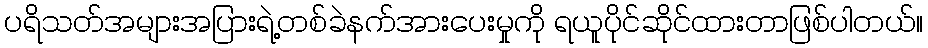
ပရိသတ်အများအပြားရဲ့တစ်ခဲနက်အားပေးမှုကို ရယူပိုင်ဆိုင်ထားတာဖြစ်ပါတယ်။